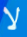
لا